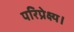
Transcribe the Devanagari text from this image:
परिप्रेक्ष्य।